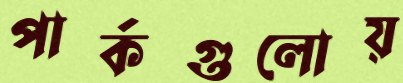
পার্কগুলোয়